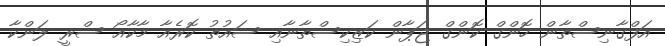
އަފްގާނިސްތާން ހޮންގް ކޮންގް ޖަޕާން ކަޒިކިސްތާނާއި ސައުތު ކޮރެއާ މާކާއޯ ސްރީ ލަންކާ